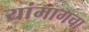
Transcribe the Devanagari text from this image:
यांमागचा